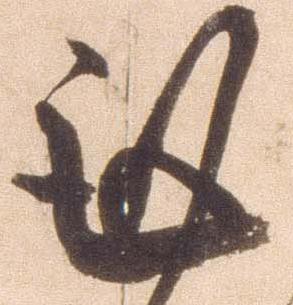
謹